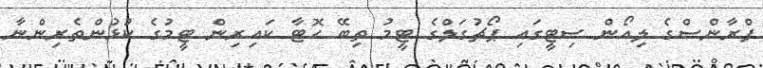
ފްރާންސްގެ ލިއޯން ސިޓީގައި ޕޯޗުގަލްގެ ޓީމު ތިބޭ ހޮޓާ ކައިރިން ޓީމުގެ ކުޅުންތެރިންނާ